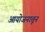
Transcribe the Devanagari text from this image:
आयोजनातून